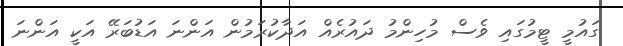
ގައުމީ ޓީމުގައި ވެސް މުހިންމު ދައުރެއް އަދާކުރަމުން އަންނަ އަޑުބަރޭ އަކީ އަންނަ